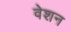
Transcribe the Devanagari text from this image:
वेशन